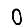
Digit: 0